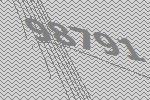
98791